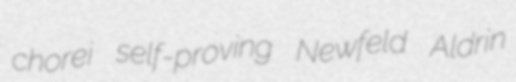
chorei self-proving Newfeld Aldrin